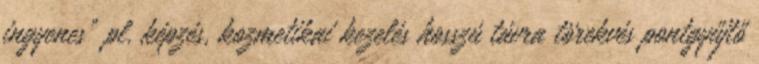
ingyenes" pl. képzés, kozmetikai kezelés hosszú távra törekvés pontgyűjtő